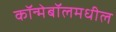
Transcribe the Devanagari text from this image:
कॉन्मेबॉलमधील